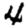
Digit: 4